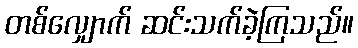
တစ်လျှောက် ဆင်းသက်ခဲ့ကြသည်။